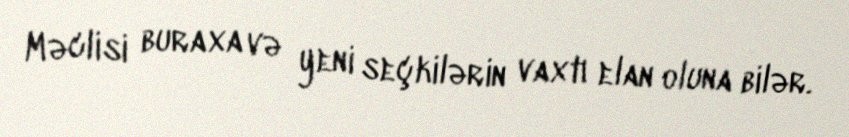
Məclisi buraxa və yeni seçkilərin vaxtı elan oluna bilər.